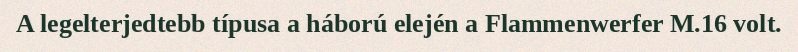
A legelterjedtebb típusa a háború elején a Flammenwerfer M.16 volt.